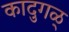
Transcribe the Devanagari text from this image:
कादुगळ्